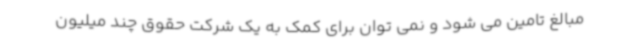
مبالغ تامین می شود و نمی توان برای کمک به یک شرکت حقوق چند میلیون